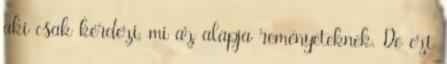
aki csak kérdezi, mi az alapja reményeteknek. De ezt